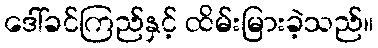
ဒေါ်ခင်ကြည်နှင့် ထိမ်းမြားခဲ့သည်။